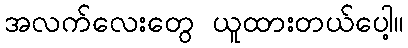
အလက်လေးတွေ ယူထားတယ်ပေါ့။